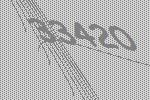
33420